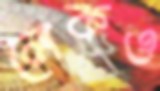
লেকও